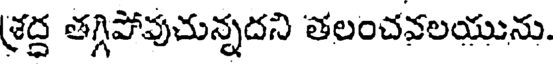
శ్రద్ద తగ్గిపోవుచున్నదని తలంచవలయును.